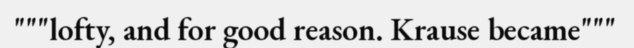
"""lofty, and for good reason. Krause became"""